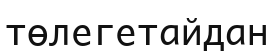
төлегетайдан